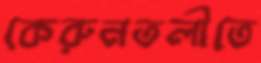
কেরুনতলীতে